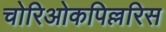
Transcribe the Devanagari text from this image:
चोरिओकपिल्लरिस